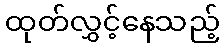
ထုတ်လွှင့်နေသည့်